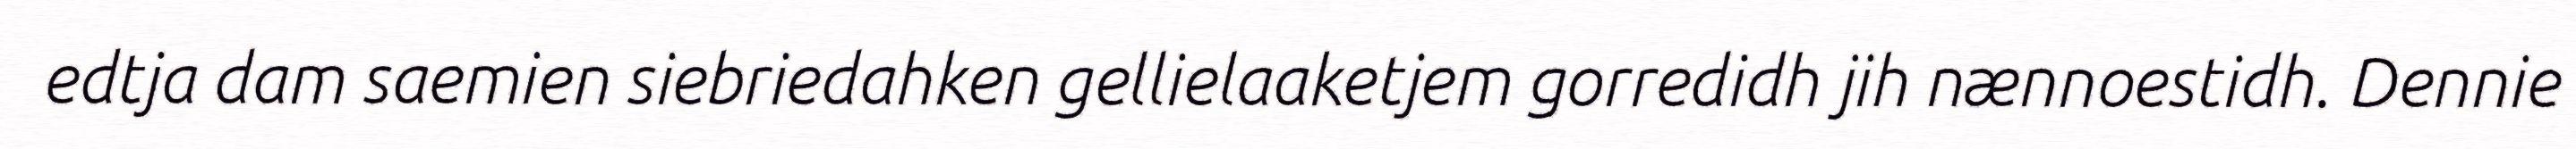
edtja dam saemien siebriedahken gellielaaketjem gorredidh jih nænnoestidh. Dennie